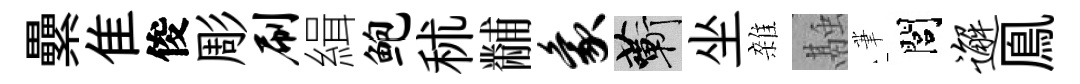
纍隹俊彫刷緝鲍秫黼象蔪坐雜融茟閭邂鳯